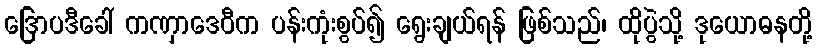
ဒြောပဒီခေါ် ကဏှာဒေဝီက ပန်းကုံးစွပ်၍ ရွေးချယ်ရန် ဖြစ်သည်၊ ထိုပွဲသို့ ဒုယောဓနတို့